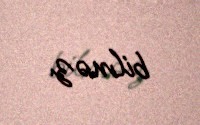
bilməz.